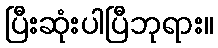
ပြီးဆုံးပါပြီဘုရား။